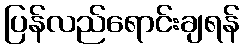
ပြန်လည်ရောင်းချရန်